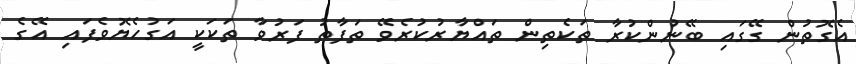
އެގޮތުން ގޭގައި ބޭނުންކުރާ ތަކެތިން ތައްޔާރުކުރެވޭ ތަފާތު ފަރުވާ ތަކަކީ އަގުހެޔޮވެފައި އޭގެ